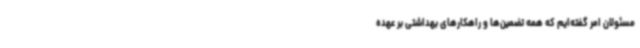
مسئولان امر گفته‌ایم که همه تضمین‌ها و راهکارهای بهداشتی بر عهده